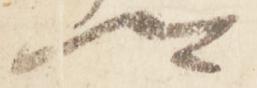
卿